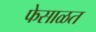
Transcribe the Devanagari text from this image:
फेसाळत